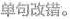
单句改错。